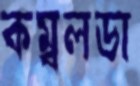
কম্বলডা